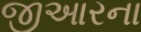
જીઆરના